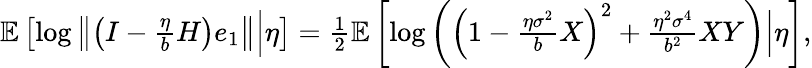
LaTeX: \begin{array}{r}{\mathbb{E}\left[\log\left\Vert\left(I-\frac{\eta}{b}H\right)e_{1}\right\Vert\Big|\eta\right]=\frac{1}{2}\mathbb{E}\left[\log\left(\left(1-\frac{\eta\sigma^{2}}{b}X\right)^{2}+\frac{\eta^{2}\sigma^{4}}{b^{2}}XY\right)\Big|\eta\right],}\end{array}